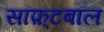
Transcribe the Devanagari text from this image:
सॉफ़्टबॉल